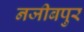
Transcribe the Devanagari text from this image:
नजीबपुर